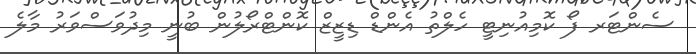
ސެންޓަރ ފޯ ކޮމިއުނިޓީ ހެލްތު އެންޑް ޑިޒީޒް ކޮންޓްރޯލުން ބުނީ މިދުވަސްވަރު މާލެ